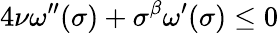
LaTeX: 4\nu\omega^{\prime\prime}(\sigma)+\sigma^{\beta}\omega^{\prime}(\sigma)\leq 0